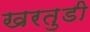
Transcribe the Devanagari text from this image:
खरतुडी